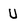
Character: U